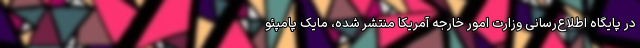
در پایگاه اطلاع‌رسانی وزارت امور خارجه آمریکا منتشر شده، مایک پامپئو